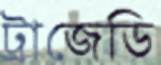
ট্রাজেডি